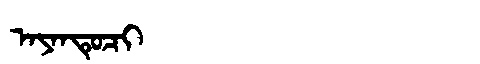
Manchu: ᠠᠶᠠᠨᡨᡠᠴᡳ
Romanization: AYANTUCI